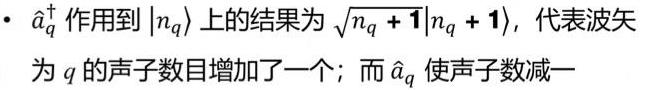
- $\hat{a}_q^{\dagger}$ 作用到 $|n_q\rangle$ 上的结果为 $\sqrt{n_q + 1}|n_q + 1\rangle$，代表波矢为 $q$ 的声子数目增加了一个；而 $\hat{a}_q$ 使声子数减一